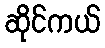
ဆိုင်ကယ်